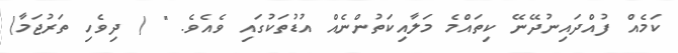
ކަމެއް ފުއްދައިނުދޭނޭ ކިތައްމެ މަލާއިކަތުންނެއް އުޑުތަކުގައި ވެއެވެ. " ( ދިވެހި ތަރުޖަމާ)